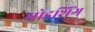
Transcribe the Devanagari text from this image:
मोडशिंग